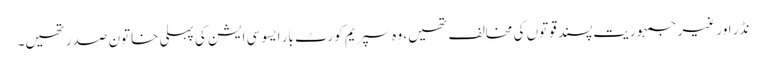
نڈر اور غیر جمہوریت پسند قوتوں کی مخالف تھیں، وہ سپریم کورٹ بار ایسوسی ایشن کی پہلی خاتون صدر تھیں۔